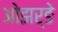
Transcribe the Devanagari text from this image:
ओझर्ङे